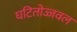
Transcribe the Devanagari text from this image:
घटितोज्जवल